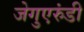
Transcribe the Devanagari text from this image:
जेगुएरुंडी